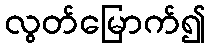
လွတ်မြောက်၍